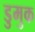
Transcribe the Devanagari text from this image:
डुमुक